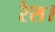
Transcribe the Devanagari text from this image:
रेस।